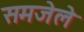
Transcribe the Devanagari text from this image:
समजेले